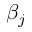
\beta _ { j }